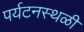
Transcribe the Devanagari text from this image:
पर्यटनस्‍थळी